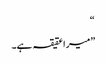
“
”میرا عقیقہ ہے۔